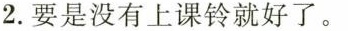
2.要是没有上课铃就好了。